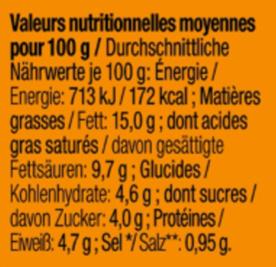
Valeurs nutritionnelles moyennes pour 100 g/Durchschnittliche Nährwerte je 100 g: Énergie / Energie: 713 kJ/172 kcal ; Matières grasses/Fett: 15,0 g; dont acides gras saturés / davon gesättigte Fettsäuren: 9,7 g ; Glucides/ Kohlenhydrate: 4,6 g ; dont sucres / davon Zucker: 4,0 g; Protéines/ Eiveiß: 4,7 g;Sel /Salz*“: 0,95 g.